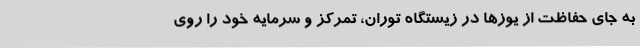
به جای حفاظت از یوزها در زیستگاه توران، تمرکز و سرمایه خود را روی